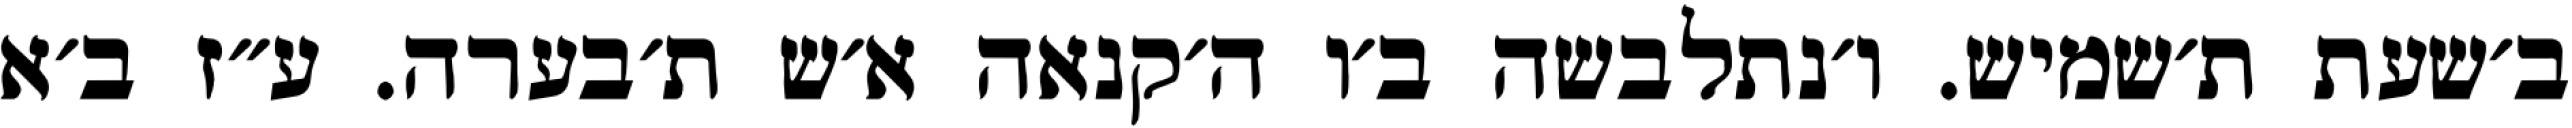
ב׳שעת ת׳שמיש. ו׳נתלבשה ב׳ו ה׳קנאה א׳ש ת׳בערה. ע״ז ב׳א